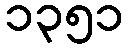
၁၃၅၁